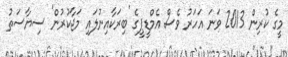
މީގެ ކުރިން 2013 ވަނަ އަހަރު ވެސް އެމްޑީޕީގެ 'ބިރަކާއިނުލައި މަޖާކުރުން' ސިޔާސަތު